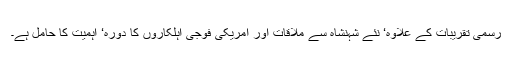
رسمی تقریبات کے علاوہ‘ نئے شہنشاہ سے ملاقات اور امریکی فوجی اہلکاروں کا دورہ‘ اہمیت کا حامل ہے۔